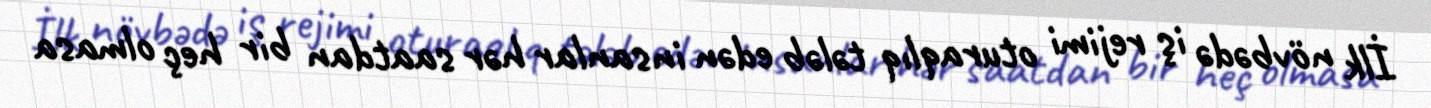
İlk növbədə iş rejimi oturaqlıq tələb edən insanlar hər saatdan bir heç olmasa